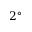
2 ^ { \circ }